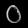
Digit: ၀